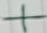
Text: +